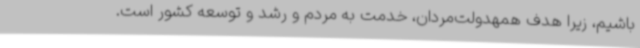
باشیم، زیرا هدف همهدولت‌مردان، خدمت به مردم و رشد و توسعه کشور است.